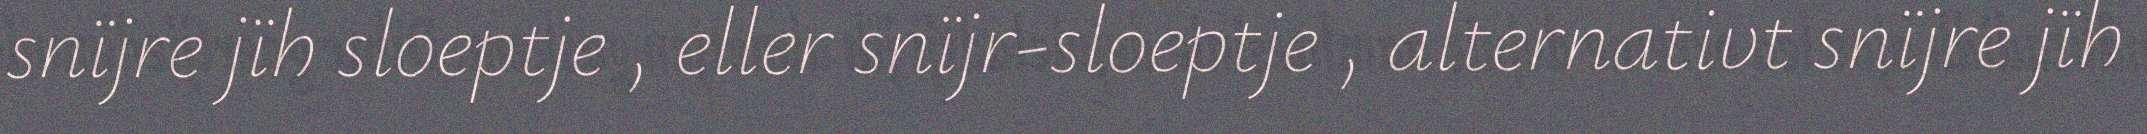
snïjre jïh sloeptje , eller snïjr-sloeptje , alternativt snïjre jïh